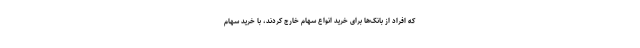
که افراد از بانک‌ها برای خرید انواع سهام خارج کردند، با خرید سهام